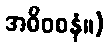
အဓိဝစနံ။)